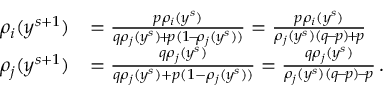
\begin{array} { r l } { \rho _ { i } ( y ^ { s + 1 } ) } & { = \frac { p \rho _ { i } ( y ^ { s } ) } { q \rho _ { j } ( y ^ { s } ) \! + \! p ( 1 \! - \! \rho _ { j } ( y ^ { s } ) ) } = \frac { p \rho _ { i } ( y ^ { s } ) } { \rho _ { j } ( y ^ { s } ) ( q \! - \! p ) \! + \! p } } \\ { \rho _ { j } ( y ^ { s + 1 } ) } & { = \frac { q \rho _ { j } ( y ^ { s } ) } { q \rho _ { j } ( y ^ { s } ) + p ( 1 - \rho _ { j } ( y ^ { s } ) ) } = \frac { q \rho _ { j } ( y ^ { s } ) } { \rho _ { j } ( y ^ { s } ) ( q \! - \! p ) \! - \! p } \, . } \end{array}